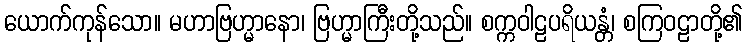
ယောက်ကုန်သော။ မဟာဗြဟ္မာနော၊ ဗြဟ္မာကြီးတို့သည်။ စက္ကဝါဠပရိယန္တံ၊ စကြဝဠာတို့၏